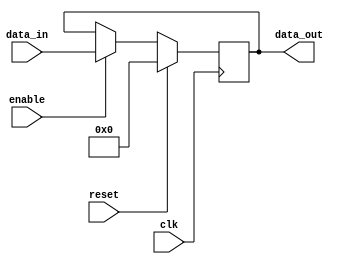
module reg_block (
    input wire clk,  // Clock signal
    input wire reset,  // Reset signal
    input wire enable,  // Enable signal
    input wire [7:0] data_in,  // Data input
    output reg [7:0] data_out  // Data output
);

    reg [7:0] reg_data;  // Internal register data

    always @(posedge clk) begin
        if (reset) begin
            reg_data <= 8'b0;  // Reset the register data to all zeros
        end else if (enable) begin
            reg_data <= data_in;  // Store data input when enable signal is high
        end
    end

    assign data_out = reg_data;  // Assign the register data to the output

endmodule